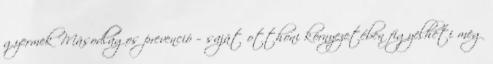
gyermek Másodlagos prevenció – saját otthoni környezetében figyelheti meg